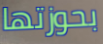
بحوزتها